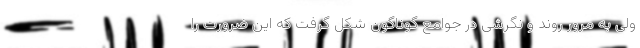
ولی به مرور روند و نگرشی در جوامع گوناگون شکل گرفت که این ضرورت را